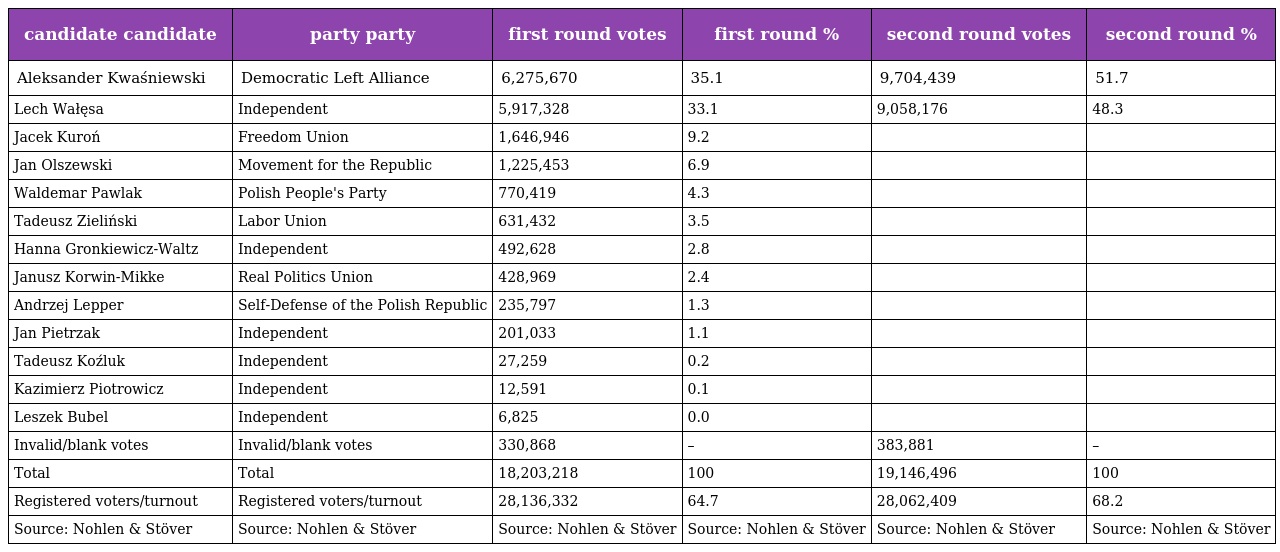
| candidate candidate | party party | first round votes | first round % | second round votes | second round % |
 | --- | --- | --- | --- | --- | --- |
 | Aleksander Kwaśniewski | Democratic Left Alliance | 6,275,670 | 35.1 | 9,704,439 | 51.7 |
 | Lech Wałęsa | Independent | 5,917,328 | 33.1 | 9,058,176 | 48.3 |
 | Jacek Kuroń | Freedom Union | 1,646,946 | 9.2 |  |  |
 | Jan Olszewski | Movement for the Republic | 1,225,453 | 6.9 |  |  |
 | Waldemar Pawlak | Polish People's Party | 770,419 | 4.3 |  |  |
 | Tadeusz Zieliński | Labor Union | 631,432 | 3.5 |  |  |
 | Hanna Gronkiewicz-Waltz | Independent | 492,628 | 2.8 |  |  |
 | Janusz Korwin-Mikke | Real Politics Union | 428,969 | 2.4 |  |  |
 | Andrzej Lepper | Self-Defense of the Polish Republic | 235,797 | 1.3 |  |  |
 | Jan Pietrzak | Independent | 201,033 | 1.1 |  |  |
 | Tadeusz Koźluk | Independent | 27,259 | 0.2 |  |  |
 | Kazimierz Piotrowicz | Independent | 12,591 | 0.1 |  |  |
 | Leszek Bubel | Independent | 6,825 | 0.0 |  |  |
 | Invalid/blank votes | Invalid/blank votes | 330,868 | – | 383,881 | – |
 | Total | Total | 18,203,218 | 100 | 19,146,496 | 100 |
 | Registered voters/turnout | Registered voters/turnout | 28,136,332 | 64.7 | 28,062,409 | 68.2 |
 | Source: Nohlen & Stöver | Source: Nohlen & Stöver | Source: Nohlen & Stöver | Source: Nohlen & Stöver | Source: Nohlen & Stöver | Source: Nohlen & Stöver |